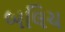
બલિય